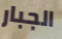
الجبار